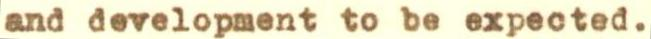
and development to be expected.